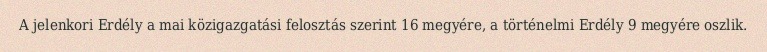
A jelenkori Erdély a mai közigazgatási felosztás szerint 16 megyére, a történelmi Erdély 9 megyére oszlik.